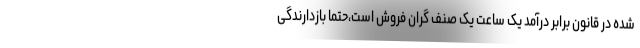
شده در قانون برابر درآمد یک ساعت یک صنف گران فروش است،‌حتما بازدارندگی